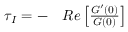
\begin{array} { r } { \begin{array} { r l } { \tau _ { I } = - } & { { } R e \left[ \frac { G ^ { \prime } ( 0 ) } { G ( 0 ) } \right] } \end{array} } \end{array}